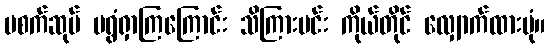
မစက်ဆုပ် မရွံရှာကြကြောင်း သိကြားမင်း ကိုယ်တိုင် လျှောက်ထားပုံ။